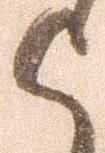
よ